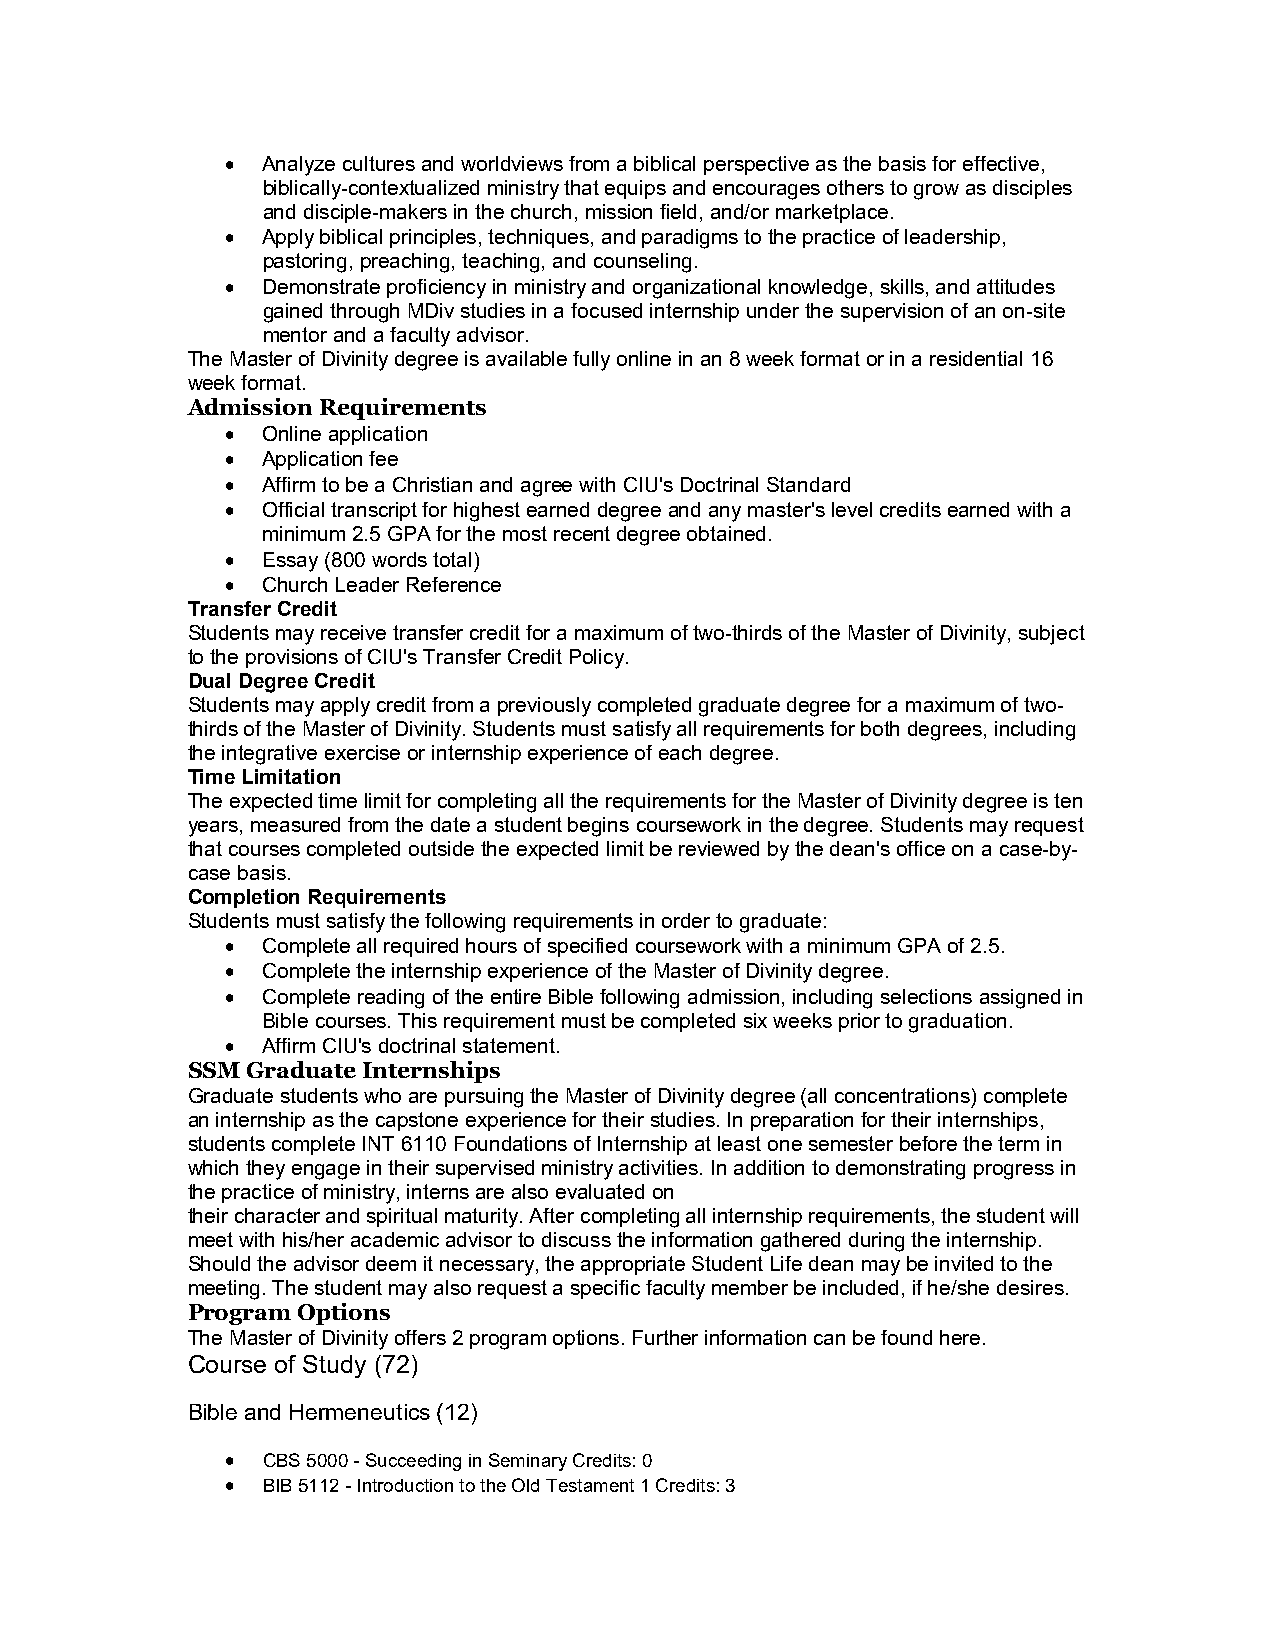
 Analyze cultures and worldviews from a biblical perspective as the basis for effective,
 biblically-contextualized ministry that equips and encourages others to grow as disciples
 and disciple-makers in the church, mission field, and/or marketplace.
  Apply biblical principles, techniques, and paradigms to the practice of leadership,
 pastoring, preaching, teaching, and counseling.
  Demonstrate proficiency in ministry and organizational knowledge, skills, and attitudes
 gained through MDiv studies in a focused internship under the supervision of an on-site
 mentor and a faculty advisor.
 The Master of Divinity degree is available fully online in an 8 week format or in a residential 16
 week format.
 Admission Requirements
  Online application
  Application fee
  Affirm to be a Christian and agree with CIU's Doctrinal Standard
  Official transcript for highest earned degree and any master's level credits earned with a
 minimum 2.5 GPA for the most recent degree obtained.
  Essay (800 words total)
  Church Leader Reference
 Transfer Credit
 Students may receive transfer credit for a maximum of two-thirds of the Master of Divinity, subject
 to the provisions of CIU's Transfer Credit Policy.
 Dual Degree Credit
 Students may apply credit from a previously completed graduate degree for a maximum of two-
 thirds of the Master of Divinity. Students must satisfy all requirements for both degrees, including
 the integrative exercise or internship experience of each degree.
 Time Limitation
 The expected time limit for completing all the requirements for the Master of Divinity degree is ten
 years, measured from the date a student begins coursework in the degree. Students may request
 that courses completed outside the expected limit be reviewed by the dean's office on a case-by-
 case basis.
 Completion Requirements
 Students must satisfy the following requirements in order to graduate:
  Complete all required hours of specified coursework with a minimum GPA of 2.5.
  Complete the internship experience of the Master of Divinity degree.
  Complete reading of the entire Bible following admission, including selections assigned in
 Bible courses. This requirement must be completed six weeks prior to graduation.
  Affirm CIU's doctrinal statement.
 SSM Graduate Internships
 Graduate students who are pursuing the Master of Divinity degree (all concentrations) complete
 an internship as the capstone experience for their studies. In preparation for their internships,
 students complete INT 6110 Foundations of Internship at least one semester before the term in
 which they engage in their supervised ministry activities. In addition to demonstrating progress in
 the practice of ministry, interns are also evaluated on
 their character and spiritual maturity. After completing all internship requirements, the student will
 meet with his/her academic advisor to discuss the information gathered during the internship.
 Should the advisor deem it necessary, the appropriate Student Life dean may be invited to the
 meeting. The student may also request a specific faculty member be included, if he/she desires.
 Program Options
 The Master of Divinity offers 2 program options. Further information can be found here.
 Course of Study (72)
 Bible and Hermeneutics (12)
  CBS 5000 - Succeeding in Seminary Credits: 0
  BIB 5112 - Introduction to the Old Testament 1 Credits: 3